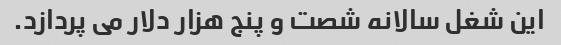
این شغل سالانه شصت و پنج هزار دلار می پردازد.